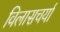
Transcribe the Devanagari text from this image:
विलासचर्या